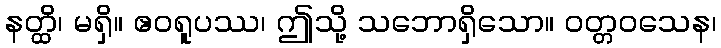
နတ္ထိ၊ မရှိ။ ဧဝရူပဿ၊ ဤသို့ သဘောရှိသော။ ဝတ္တဝသေန၊